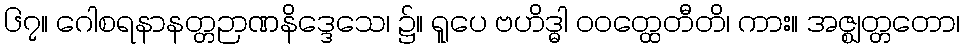
၆၇။ ဂေါစရနာနတ္တဉာဏနိဒ္ဒေသေ၊ ၌။ ရူပေ ဗဟိဒ္ဓါ ဝဝတ္ထေတီတိ၊ ကား။ အဇ္ဈတ္တတော၊